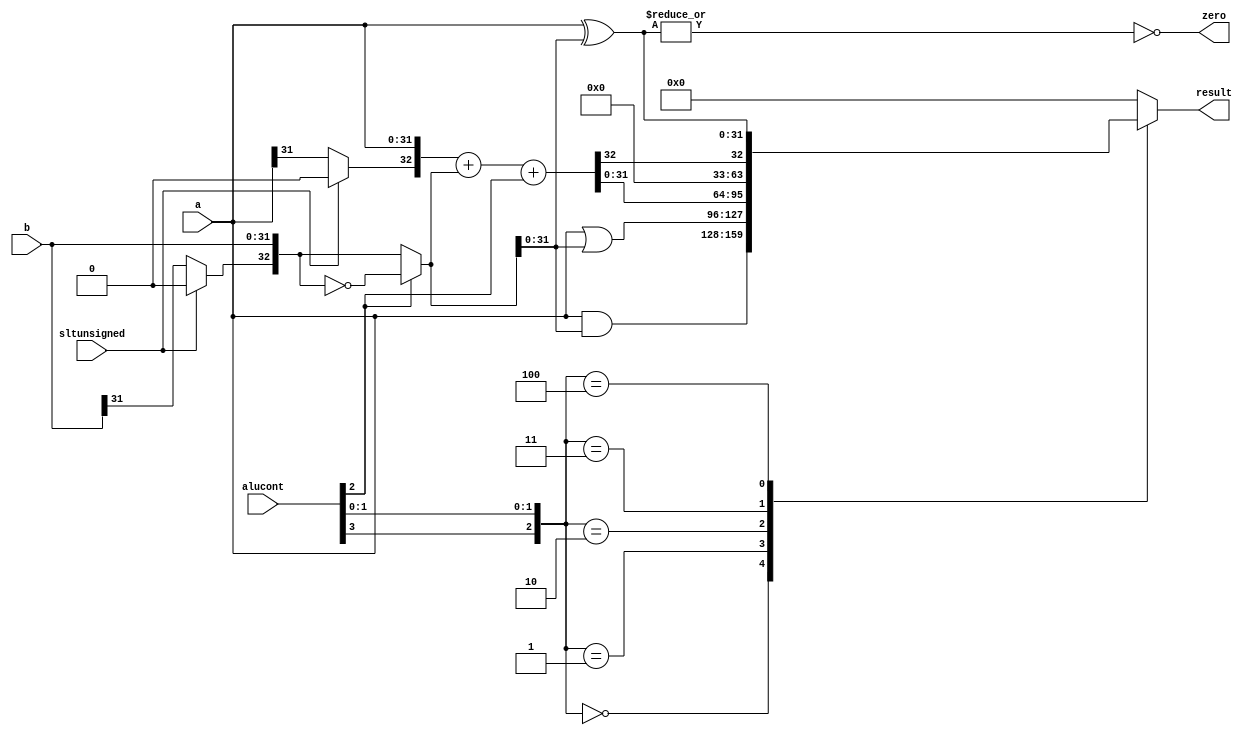
// This program was cloned from: https://github.com/NYU-MLDA/OpenABC
// License: BSD 3-Clause "New" or "Revised" License

module alu (input wire [31:0]  a, b, 
            input wire [3:0] 	alucont,
	    input wire 	sltunsigned,
            output reg [31:0] result,
	    output wire 	zero);

   wire [32:0] 		a2, b2, sum;
   wire [31:0] 		slt;
   wire [31:0] 		exor;   

   assign a2 = {sltunsigned ? 1'b0 : a[31], a};
   assign b2 = alucont[2] ? ~{sltunsigned ? 1'b0 : b[31], b} : 
	       {sltunsigned ? 1'b0 : b[31], b};
   assign sum = a2 + b2 + alucont[2];
   assign exor = a2 ^ b2;   
   assign slt = sum[32];

   always@(*)
     case({alucont[3], alucont[1:0]})
       3'b000: result <= a2 & b2;
       3'b001: result <= a2 | b2;
       3'b010: result <= sum[31:0];
       3'b011: result <= slt;
       3'b100: result <= exor;
       default: result <= 32'h0;       
     endcase // case ({alucont[3], alucont[1:0]})

   assign zero = ~| exor;

endmodule